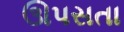
ઊપસતા